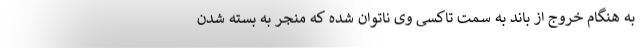
به هنگام خروج از باند به سمت تاکسی وی ناتوان شده که منجر به بسته شدن